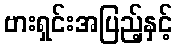
ဗားရှင်းအပြည့်နှင့်